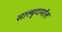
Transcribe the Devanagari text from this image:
साल्बुटामॉल